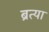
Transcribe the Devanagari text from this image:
ब्रत्या